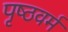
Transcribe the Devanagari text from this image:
पृष्ठवर्म